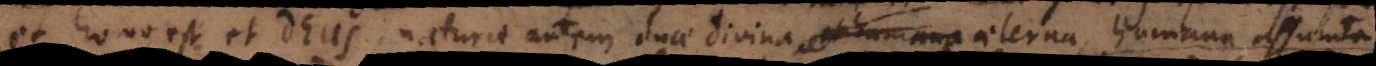
et homo est et Deus, naturae autem duae, divina aeterna, humana assumta,